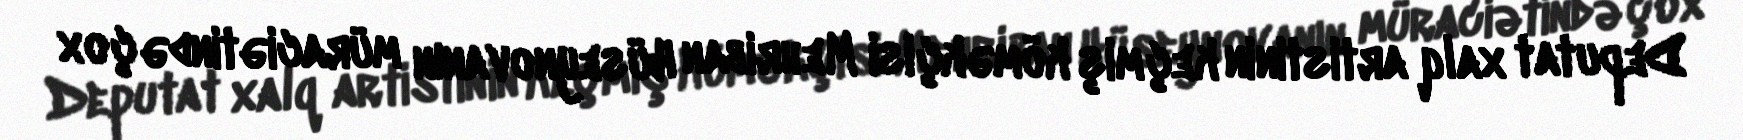
Deputat xalq artistinin keçmiş köməkçisi Mehriban Hüseynovanın müraciətində çox